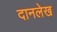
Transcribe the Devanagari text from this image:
दानलेख